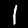
Digit: 1